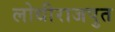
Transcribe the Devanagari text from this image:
लोधीराजपुत